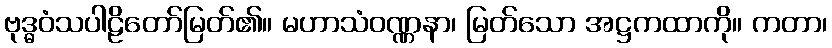
ဗုဒ္ဓဝံသပါဠိတော်မြတ်၏။ မဟာသံဝဏ္ဏနာ၊ မြတ်သော အဋ္ဌကထာကို။ ကတာ၊